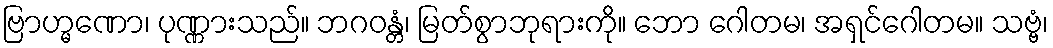
ဗြာဟ္မဏော၊ ပုဏ္ဏားသည်။ ဘဂဝန္တံ၊ မြတ်စွာဘုရားကို။ ဘော ဂေါတမ၊ အရှင်ဂေါတမ။ သဗ္ဗံ၊